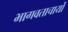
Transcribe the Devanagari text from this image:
भागवताचार्यों